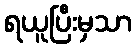
ရယူပြီးမှသာ